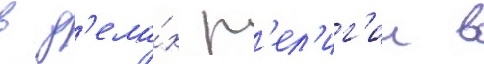
в д'ела́х р'ел'иг'ии в